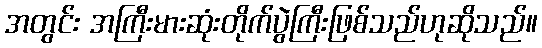
အတွင်း အကြီးမားဆုံးတိုက်ပွဲကြီးဖြစ်သည်ဟုဆိုသည်။